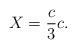
LaTeX: \begin{align*}X={c\over3} c.\end{align*}